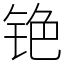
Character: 铯